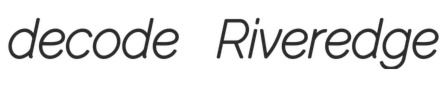
decode Riveredge